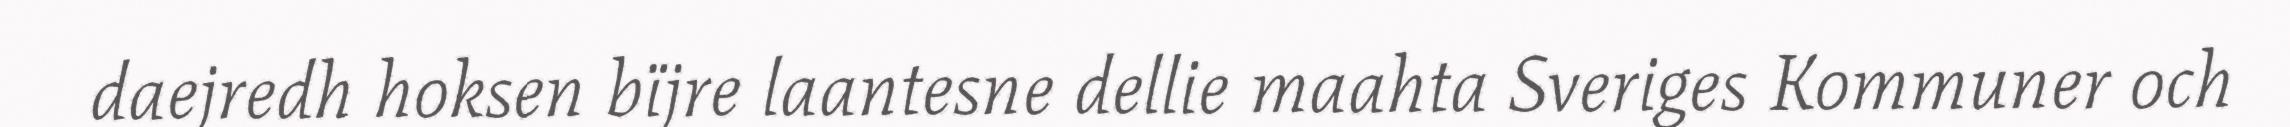
daejredh hoksen bïjre laantesne dellie maahta Sveriges Kommuner och